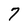
Character: 7